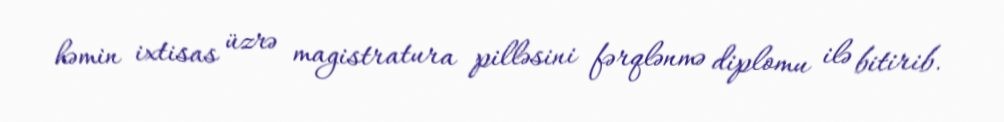
həmin ixtisas üzrə magistratura pilləsini fərqlənmə diplomu ilə bitirib.